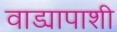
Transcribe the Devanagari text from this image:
वाड्यापाशी